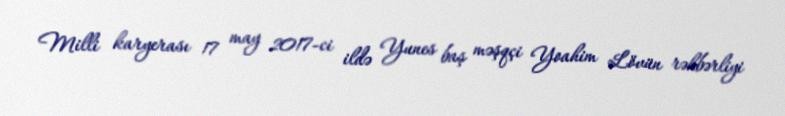
Milli karyerası 17 may 2017-ci ildə Yunes baş məşqçi Yoahim Lövün rəhbərliyi